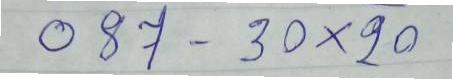
087 - 30x20